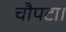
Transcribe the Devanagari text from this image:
चौपटा।